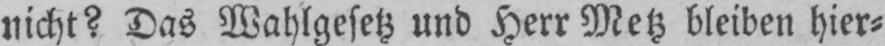
nicht? Das Wahlgesetz und Herr Metz bleiben hier⸗